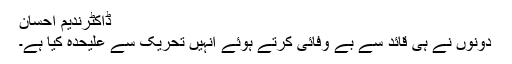
ڈاکٹرندیم احسان
دونوں نے ہی قائد سے بے وفائی کرتے ہوئے انہیں تحریک سے علیحدہ کیا ہے۔